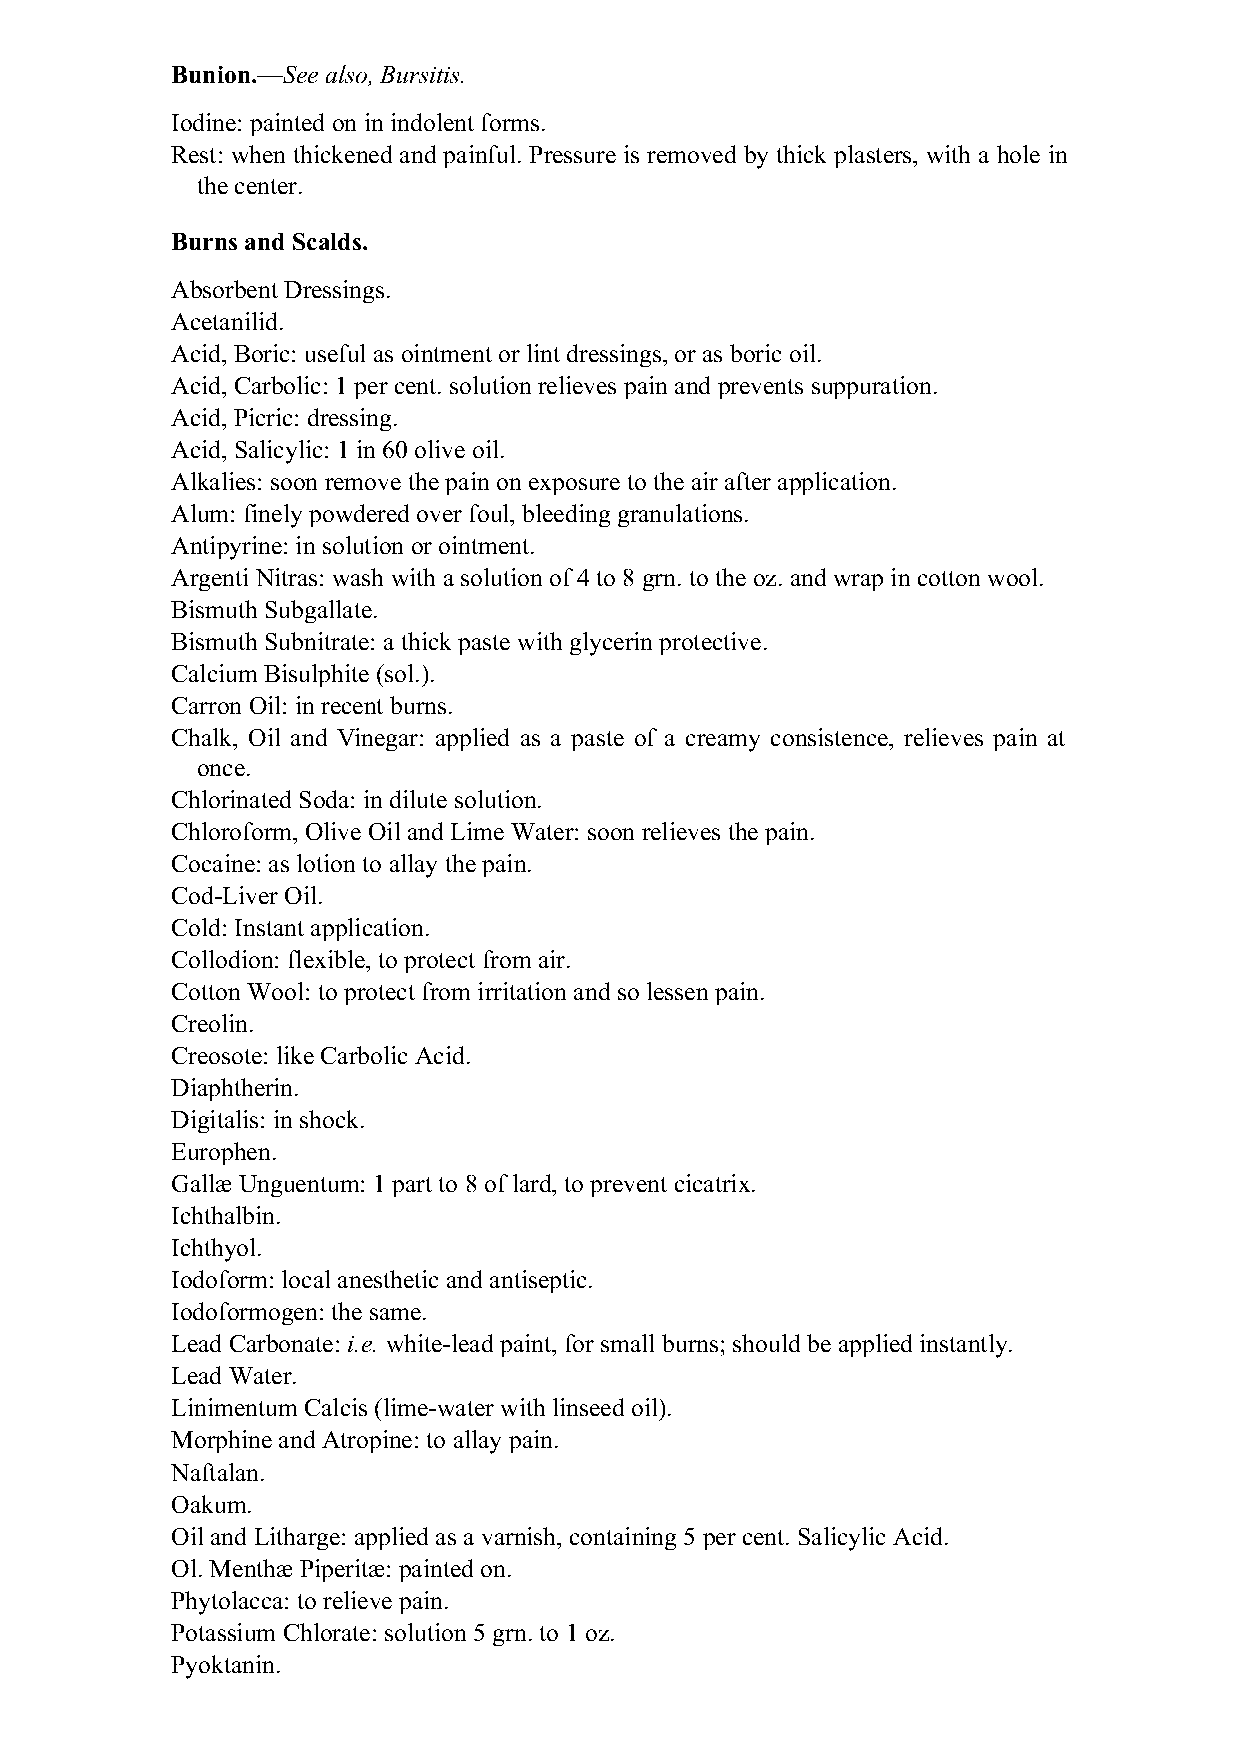
Bunion.—See also, Bursitis.
 Iodine: painted on in indolent forms.
 Rest: when thickened and painful. Pressure is removed by thick plasters, with a hole in
 the center.
 Burns and Scalds.
 Absorbent Dressings.
 Acetanilid.
 Acid, Boric: useful as ointment or lint dressings, or as boric oil.
 Acid, Carbolic: 1 per cent. solution relieves pain and prevents suppuration.
 Acid, Picric: dressing.
 Acid, Salicylic: 1 in 60 olive oil.
 Alkalies: soon remove the pain on exposure to the air after application.
 Alum: finely powdered over foul, bleeding granulations.
 Antipyrine: in solution or ointment.
 Argenti Nitras: wash with a solution of 4 to 8 grn. to the oz. and wrap in cotton wool.
 Bismuth Subgallate.
 Bismuth Subnitrate: a thick paste with glycerin protective.
 Calcium Bisulphite (sol.).
 Carron Oil: in recent burns.
 Chalk, Oil and Vinegar: applied as a paste of a creamy consistence, relieves pain at
 once.
 Chlorinated Soda: in dilute solution.
 Chloroform, Olive Oil and Lime Water: soon relieves the pain.
 Cocaine: as lotion to allay the pain.
 Cod-Liver Oil.
 Cold: Instant application.
 Collodion: flexible, to protect from air.
 Cotton Wool: to protect from irritation and so lessen pain.
 Creolin.
 Creosote: like Carbolic Acid.
 Diaphtherin.
 Digitalis: in shock.
 Europhen.
 Gallæ Unguentum: 1 part to 8 of lard, to prevent cicatrix.
 Ichthalbin.
 Ichthyol.
 Iodoform: local anesthetic and antiseptic.
 Iodoformogen: the same.
 Lead Carbonate: i.e. white-lead paint, for small burns; should be applied instantly.
 Lead Water.
 Linimentum Calcis (lime-water with linseed oil).
 Morphine and Atropine: to allay pain.
 Naftalan.
 Oakum.
 Oil and Litharge: applied as a varnish, containing 5 per cent. Salicylic Acid.
 Ol. Menthæ Piperitæ: painted on.
 Phytolacca: to relieve pain.
 Potassium Chlorate: solution 5 grn. to 1 oz.
 Pyoktanin.